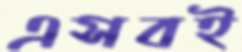
এসবই